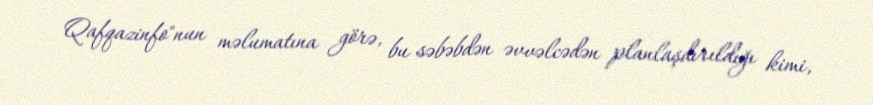
Qafqazinfo"nun məlumatına görə, bu səbəbdən əvvəlcədən planlaşdırıldığı kimi,